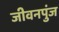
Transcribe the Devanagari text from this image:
जीवनपुंज